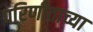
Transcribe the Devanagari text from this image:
परिणीताच्या